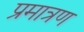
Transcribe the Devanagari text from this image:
प्रमात्रण